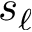
s _ { \ell }